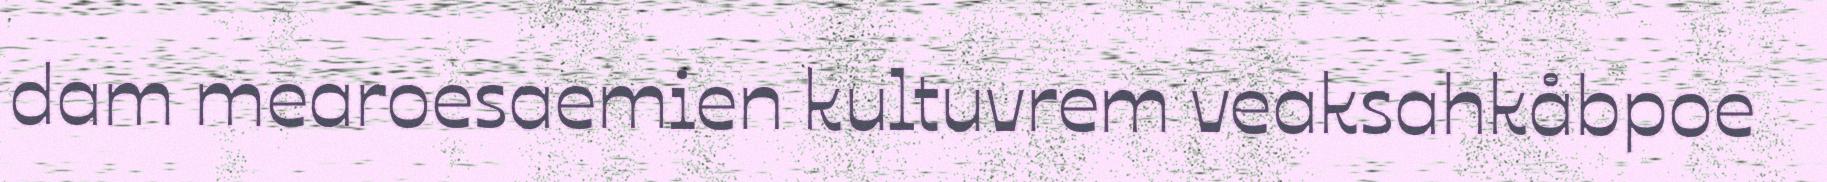
dam mearoesaemien kultuvrem veaksahkåbpoe